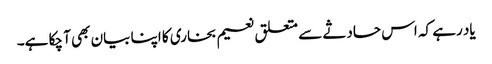
یاد رہے کہ اس حادثے سے متعلق نعیم بخاری کا اپنا بیان بھی آ چکا ہے۔